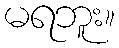
မရဘူး။